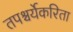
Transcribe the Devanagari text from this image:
तपश्चर्येकरिता